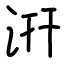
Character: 汧